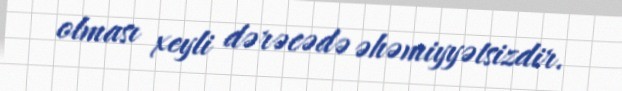
olması xeyli dərəcədə əhəmiyyətsizdir.